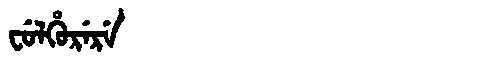
Manchu: ᠸᡠᠯᡥᡠᡵᡝᡵᡝ
Romanization: FULHURERE